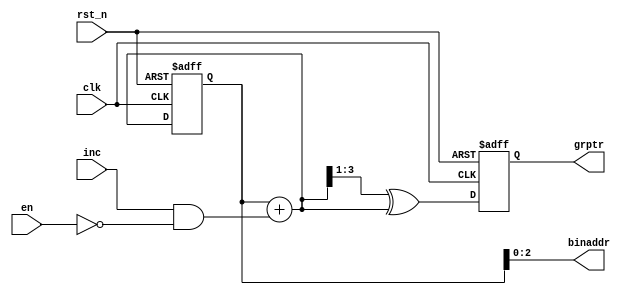
module dual_ngray_cntr  // style #2
#(
    parameter WIDTH = 4
)
(
    input wire clk,
    input wire rst_n,
    input wire inc,
    input wire en,      // full for write ptr module or empty for read ptr module

    output wire [WIDTH-2:0] binaddr,
    output reg  [WIDTH-1:0] grptr
);

reg  [WIDTH-1:0] bin_reg;
wire [WIDTH-1:0] bnext, gnext;
wire inc_en;

always @(posedge clk, negedge rst_n) begin
    if (!rst_n) {grptr, bin_reg} <= {WIDTH{1'b0}};
    else        {grptr, bin_reg} <= {gnext, bnext};
end

assign inc_en = (inc && (!en));
assign bnext = bin_reg + inc_en;
assign gnext = (bnext >> 1) ^ bnext; // bin2gray
assign binaddr = bin_reg[WIDTH-2:0];

endmodule